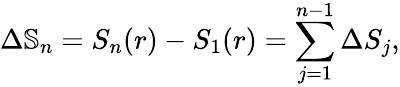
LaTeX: \Delta\mathbb{S}_{n}=S_{n}(r)-S_{1}(r)=\sum_{j=1}^{n-1}\Delta S_{j},